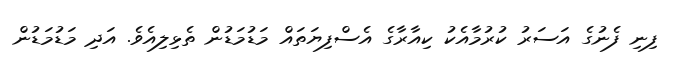
ފިނި ފެނުގެ އަސަރު ކުރުމާއެކު ކިއާރާގެ އެސްފިޔަތައް މަޑުމަޑުން ތެޅިލިއެވެ. އަދި މަޑުމަޑުން